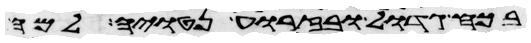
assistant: בכח גדול ובזרוע נטויה למה